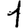
Digit: 1